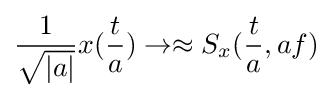
{\frac {1}{\sqrt {|a|}}}x({\frac {t}{a}})\rightarrow \approx S_{x}({\frac {t}{a}},af)